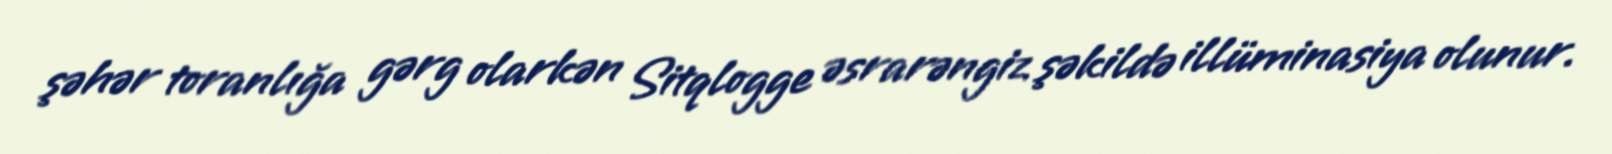
şəhər toranlığa gərg olarkən Sitqlogge əsrarəngiz şəkildə illüminasiya olunur.